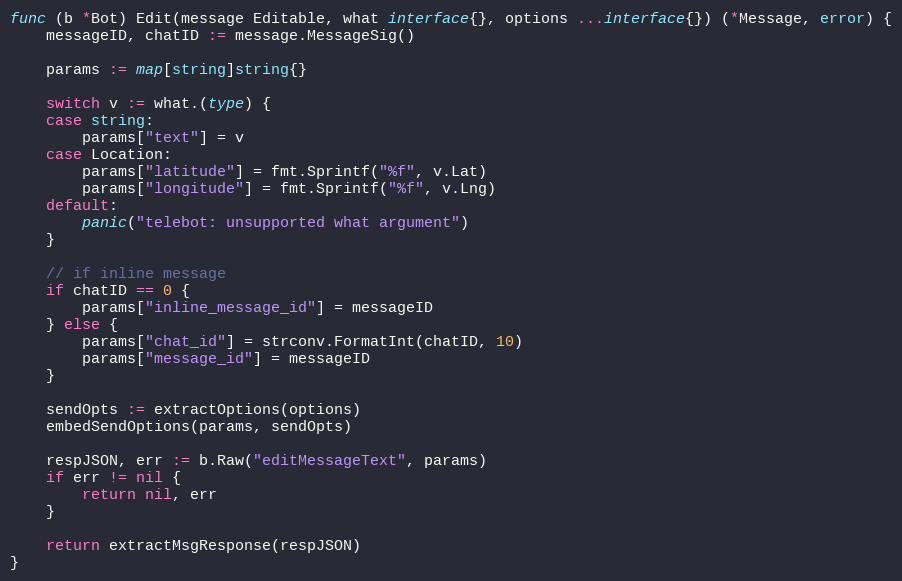
Language: Go
func (b *Bot) Edit(message Editable, what interface{}, options ...interface{}) (*Message, error) {
	messageID, chatID := message.MessageSig()

	params := map[string]string{}

	switch v := what.(type) {
	case string:
		params["text"] = v
	case Location:
		params["latitude"] = fmt.Sprintf("%f", v.Lat)
		params["longitude"] = fmt.Sprintf("%f", v.Lng)
	default:
		panic("telebot: unsupported what argument")
	}

	// if inline message
	if chatID == 0 {
		params["inline_message_id"] = messageID
	} else {
		params["chat_id"] = strconv.FormatInt(chatID, 10)
		params["message_id"] = messageID
	}

	sendOpts := extractOptions(options)
	embedSendOptions(params, sendOpts)

	respJSON, err := b.Raw("editMessageText", params)
	if err != nil {
		return nil, err
	}

	return extractMsgResponse(respJSON)
}